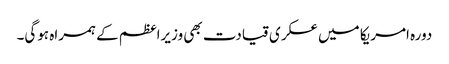
دورہ امریکا میں عسکری قیادت بھی وزیراعظم کے ہمراہ ہوگی۔